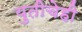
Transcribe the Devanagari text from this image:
युतीचेही